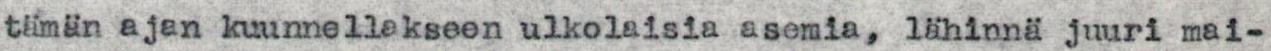
tämän ajan kuunnellakseen ulkolaisia asemia, lähinnä juuri mai-